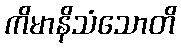
ကိမာနိသံသောတိ